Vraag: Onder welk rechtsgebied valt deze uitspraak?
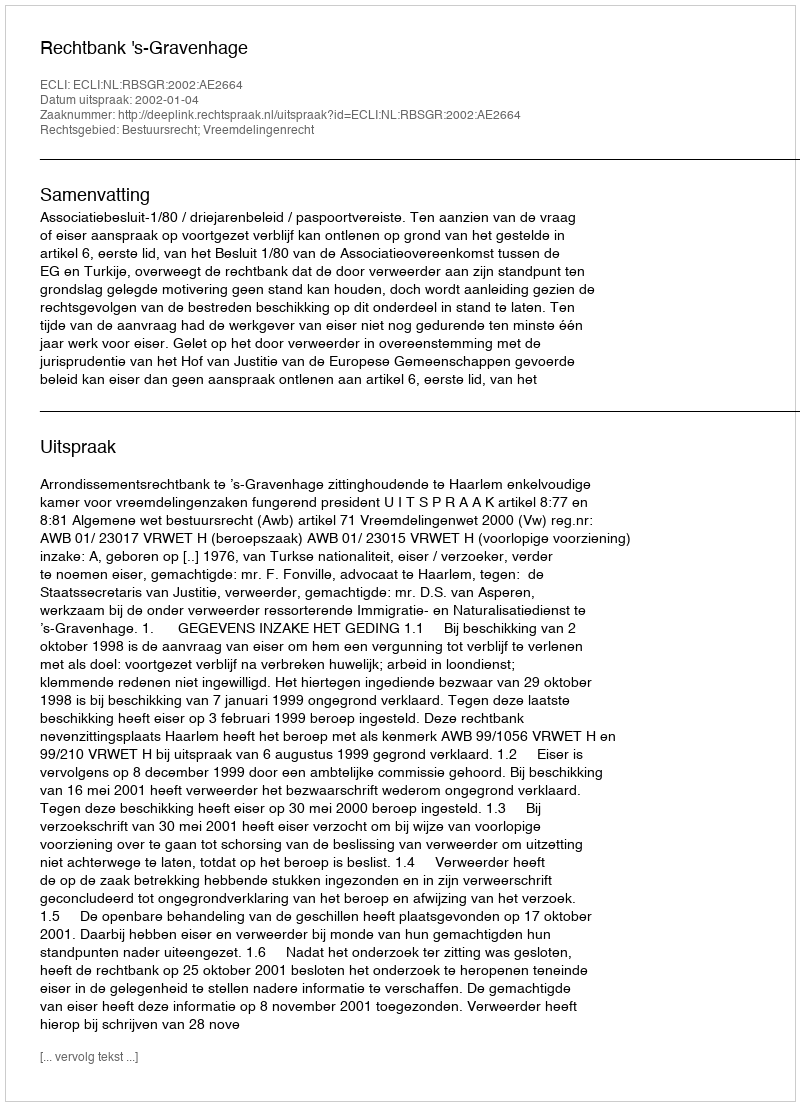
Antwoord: Bestuursrecht; Vreemdelingenrecht